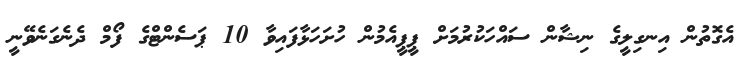
އެގޮތުން އިނގިލީގެ ނިޝާން ސައްހަކުރުމަށް ޕީޕީއެމުން ހުށަހަޅާފައިވާ 10 ޕަސެންޓްގެ ފޯމް ދެނެގަނެވޭނީ